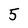
Character: 5